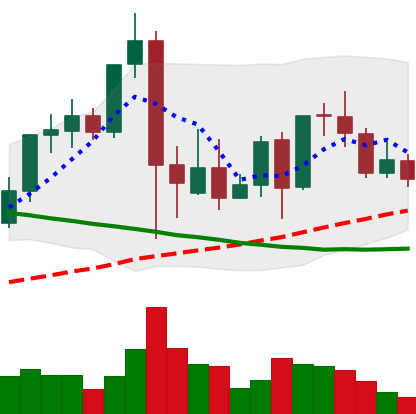
Ticker: LINK-USD
Chart end date: 2021-09-19
Forward return: -15.021%
Label: down_7plus